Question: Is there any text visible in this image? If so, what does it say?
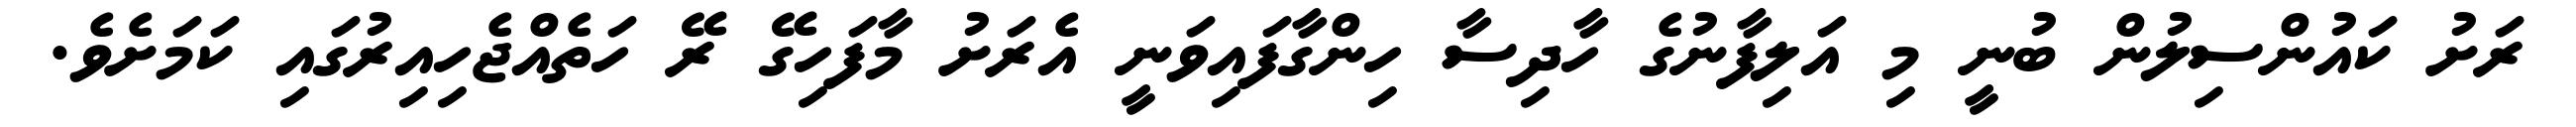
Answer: ރަށު ކައުންސިލުން ބުނީ މި އަލިފާނުގެ ހާދިސާ ހިންގާފައިވަނީ އެރަށު މާފަހިގޭ ރޭ ހަތެއްޖެހިއިރުގައި ކަމަށެވެ.